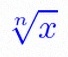
\sqrt[n]{x}